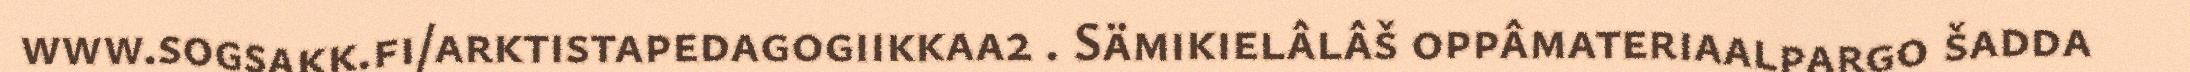
www.sogsakk.fi/arktistapedagogiikkaa2 . Sämikielâlâš oppâmateriaalpargo šadda